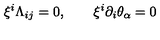
\xi ^ { i } \Lambda _ { i j } = 0 , \qquad \xi ^ { i } \partial _ { i } \theta _ { \alpha } = 0